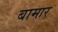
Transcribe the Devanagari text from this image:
बामार